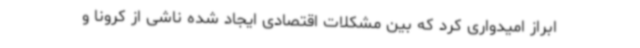
ابراز امیدواری کرد که بین مشکلات اقتصادی ایجاد شده ناشی از کرونا و